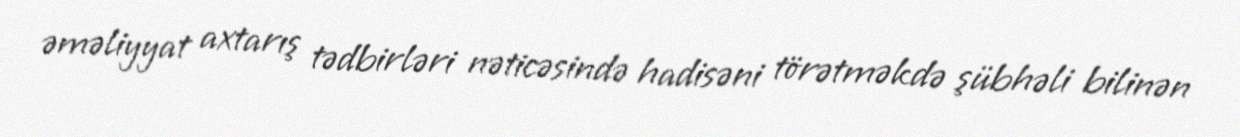
əməliyyat axtarış tədbirləri nəticəsində hadisəni törətməkdə şübhəli bilinən